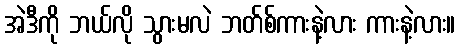
အဲဒီကို ဘယ်လို သွားမလဲ ဘတ်စ်ကားနဲ့လား ကားနဲ့လား။